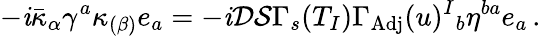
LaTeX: -\mathit{i}\bar{{\kappa}}_{\alpha}\gamma^{a}\kappa_{(\beta)}e_{a}=-\mathit{i}\mathcal{{D}}\mathcal{{S}}\Gamma_{s}(T_{I})\Gamma_{\mathrm{{Adj}}}(u)^{I}{}_{b}\eta^{ba}e_{a}\, .